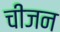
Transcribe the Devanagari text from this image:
चीजन